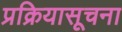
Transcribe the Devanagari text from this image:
प्रक्रियासूचना